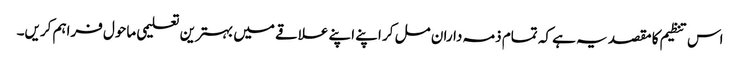
اس تنظیم کا مقصد یہ ہے کہ تمام ذمہ داران مل کر اپنے اپنے علاقے میں بہترین تعلیمی ماحول فراہم کریں۔